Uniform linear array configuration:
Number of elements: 16
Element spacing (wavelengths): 0.75
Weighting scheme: kaiser
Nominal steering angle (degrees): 60
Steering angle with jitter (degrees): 61.614
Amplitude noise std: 0.05
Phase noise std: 0.05

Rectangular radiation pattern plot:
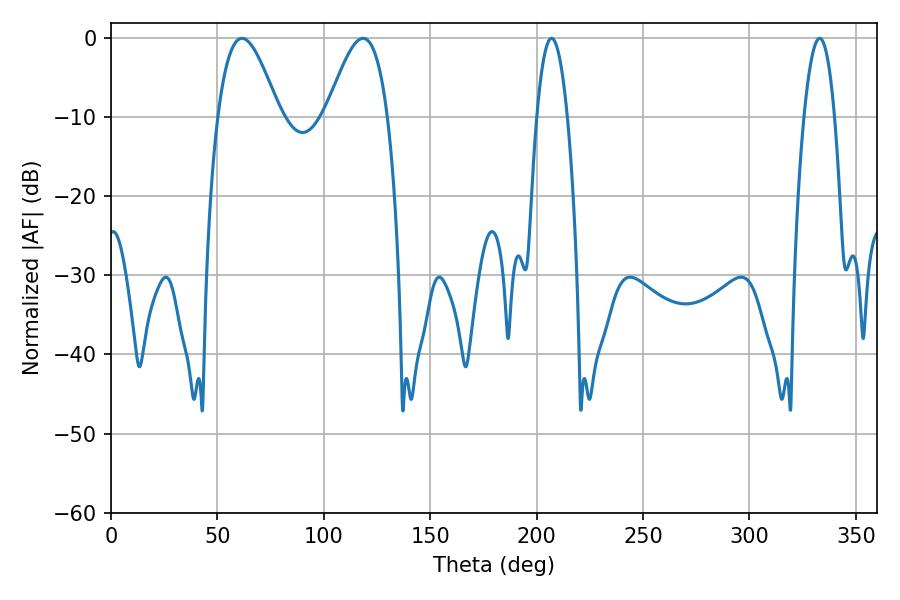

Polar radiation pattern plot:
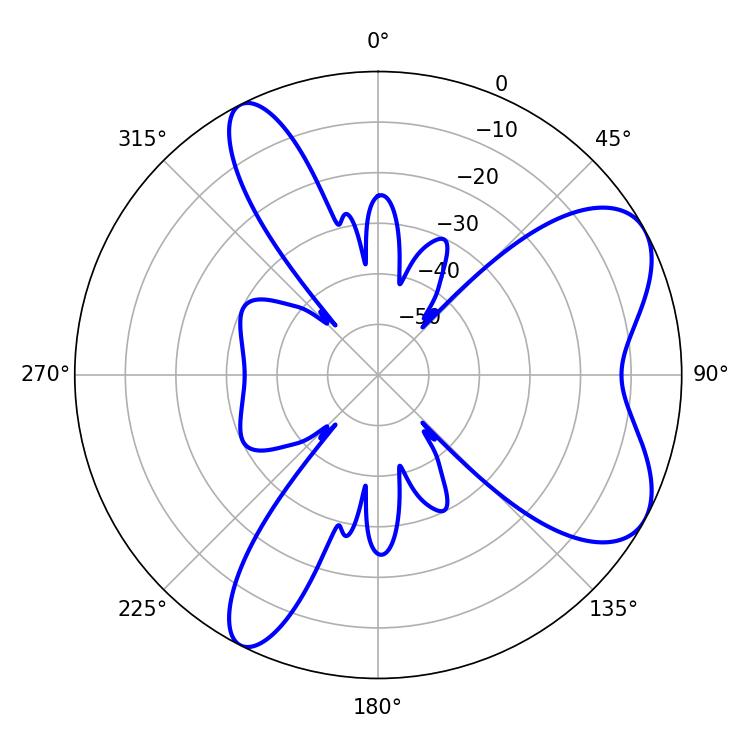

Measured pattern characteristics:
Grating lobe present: TRUE
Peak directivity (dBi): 6.882
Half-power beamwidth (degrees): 15.66
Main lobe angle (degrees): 61.56